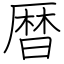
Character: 暦